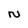
Character: N